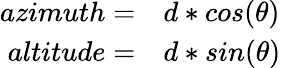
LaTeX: \begin{array}{rl}{azimuth=}&{{}d*cos(\theta)}\\ {altitude=}&{{}d*sin(\theta)}\end{array}